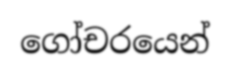
ගෝචරයෙන්